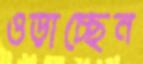
ওড়াচ্ছেন